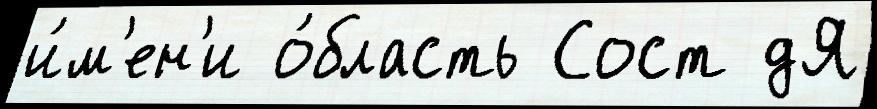
и́м'ен'и о́бласть Сост дЯ